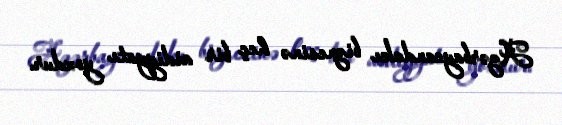
Azərbaycandakı biznesinə heç bir aidiyyatı yoxdur.